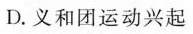
D. 义和团运动兴起